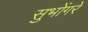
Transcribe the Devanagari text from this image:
सुभोंगरे